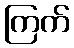
ကြက်